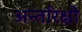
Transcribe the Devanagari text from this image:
अन्तरिक्षों